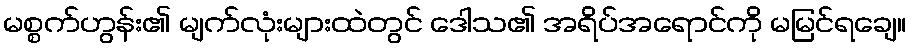
မစ္စက်ဟွန်း၏ မျက်လုံးများထဲတွင် ဒေါသ၏ အရိပ်အရောင်ကို မမြင်ရချေ။